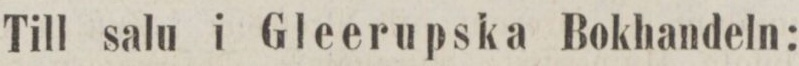
Till salu i Gleerupska Bokhandeln: